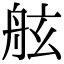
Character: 舷